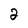
Character: 2